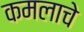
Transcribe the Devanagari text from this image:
कमलाचे